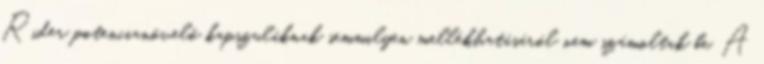
Rider potencianövelő kapszuláknak semmilyen mellékhatásáról nem számoltak be. A